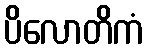
ပိလောတိကံ